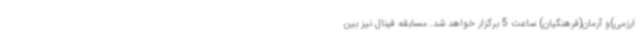
ارزمی)و آرمان(فرهنگیان) ساعت 5 برگزار خواهد شد. مسابقه فینال نیز بین